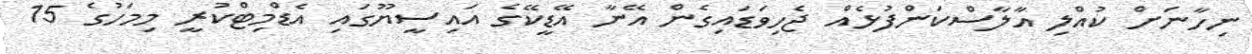
ނިހާނަށް ކުއްލި އާލާސްކަންފުޅެއް ޖެހިވަޑައިގެން އޭނާ އޭޑީކޭގެ އައިސީޔޫގައި އެޑްމިޓްކުރީ މިމަހުގެ 15